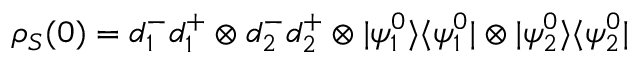
\rho _ { S } ( 0 ) = d _ { 1 } ^ { - } d _ { 1 } ^ { + } \otimes d _ { 2 } ^ { - } d _ { 2 } ^ { + } \otimes | \psi _ { 1 } ^ { 0 } \rangle \langle \psi _ { 1 } ^ { 0 } | \otimes | \psi _ { 2 } ^ { 0 } \rangle \langle \psi _ { 2 } ^ { 0 } |